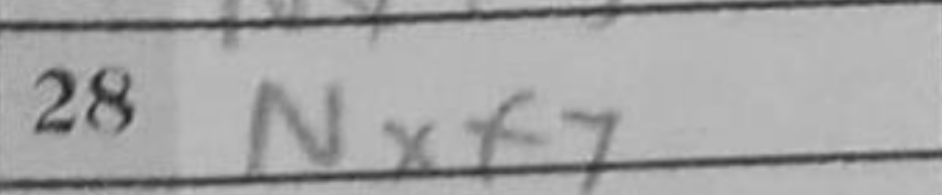
Transcription: Nxf4